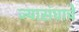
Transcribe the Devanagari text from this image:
ज्यासंघाचे